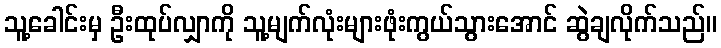
သူ့ခေါင်းမှ ဦးထုပ်လျှာကို သူ့မျက်လုံးများဖုံးကွယ်သွားအောင် ဆွဲချလိုက်သည်။